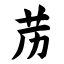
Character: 苈